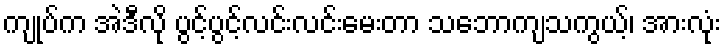
ကျုပ်က အဲဒီလို ပွင့်ပွင့်လင်းလင်းမေးတာ သဘောကျသကွယ့်၊ အားလုံး